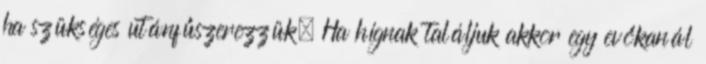
ha szükséges utánfűszerezzük. Ha hígnak találjuk akkor egy evőkanál